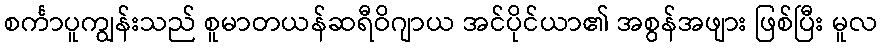
စင်္ကာပူကျွန်းသည် စူမာတယန်ဆရီဝိဂျာယ အင်ပိုင်ယာ၏ အစွန်အဖျား ဖြစ်ပြီး မူလ